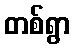
တစ်ရွာ